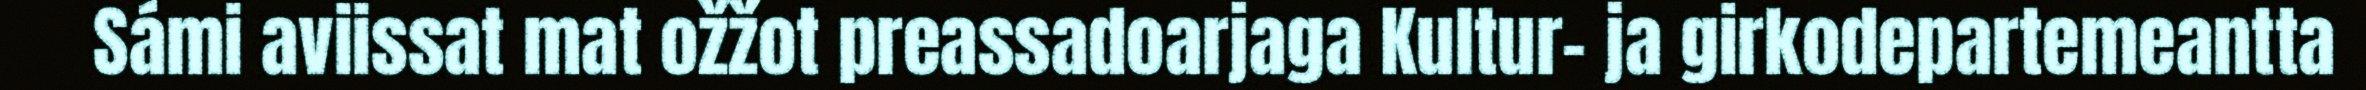
Sámi aviissat mat ožžot preassadoarjaga Kultur- ja girkodepartemeantta